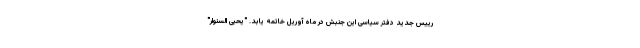
رییس جدید دفتر سیاسی این جنبش در ماه آوریل خاتمه یابد. "یحیی السنوار"